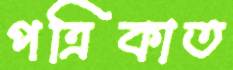
পত্রিকাত